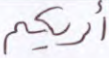
أريكم